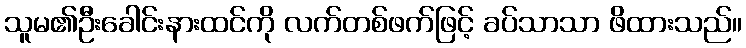
သူမ၏ဦးခေါင်းနားထင်ကို လက်တစ်ဖက်ဖြင့် ခပ်သာသာ ဖိထားသည်။